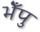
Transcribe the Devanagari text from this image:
भेँपु